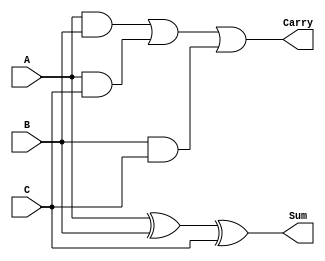
module ModifiedCarrySaveAdder #(
    parameter N = 8  // Parameter for bit width
)(
    input  [N-1:0] A,  // First operand
    input  [N-1:0] B,  // Second operand
    input  [N-1:0] C,  // Third operand
    output [N-1:0] Sum, // Sum output
    output [N-1:0] Carry // Carry output
);

    // Intermediate signals for carry generation
    wire [N-1:0] carryAB; // Carry bits from A and B
    wire [N-1:0] carryAC; // Carry bits from A and C
    wire [N-1:0] carryBC; // Carry bits from B and C

    // Sum calculation using XOR
    assign Sum = A ^ B ^ C;

    // Carry calculation using AND
    assign carryAB = A & B;
    assign carryAC = A & C;
    assign carryBC = B & C;

    // Aggregate carry bits
    assign Carry = carryAB | carryAC | carryBC;

endmodule